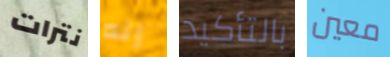
نترات إنه بالتأكيد معين